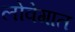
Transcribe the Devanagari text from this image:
लोवेगात